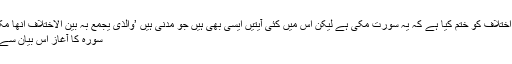
علامہ آلوسی نے یہ کہہ کر اس اختلاف کو ختم کیا ہے کہ یہ سورت مکی ہے لیکن اس میں کئی آیتیں ایسی بھی ہیں جو مدنی ہیں ’والذی یجمع بہ بین الاختلاف انھا مکیۃ الاآیات منھا‘ (روح المعانی)
سورہ کا آغاز اس بیان سے ہوا کہ قرآن حکیم کلام الٰہی ہے۔